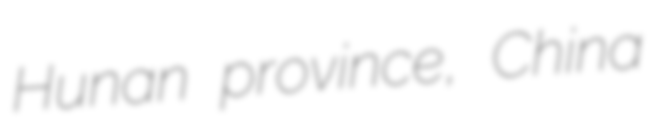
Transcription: Hunan province, China